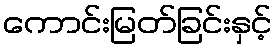
ကောင်းမြတ်ခြင်းနှင့်